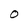
Character: O